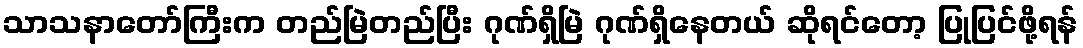
သာသနာတော်ကြီးက တည်မြဲတည်ပြီး ဂုဏ်ရှိမြဲ ဂုဏ်ရှိနေတယ် ဆိုရင်တော့ ပြုပြင်ဖို့ရန်